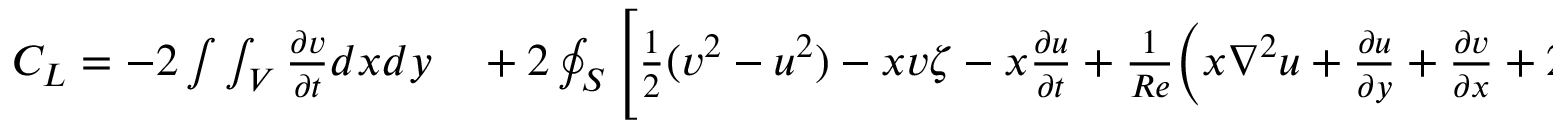
\begin{array} { r l } { C _ { L } = - 2 \int \int _ { V } \frac { \partial v } { \partial t } d x d y } & { { } + 2 \oint _ { S } \Bigg [ \frac { 1 } { 2 } ( v ^ { 2 } - u ^ { 2 } ) - x v \zeta - x \frac { \partial u } { \partial t } + \frac { 1 } { R e } \Big ( x \nabla ^ { 2 } u + \frac { \partial u } { \partial y } + \frac { \partial v } { \partial x } + 2 \frac { \partial v } { \partial y } \Big ) \Bigg ] d x } \end{array}